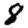
Digit: 8